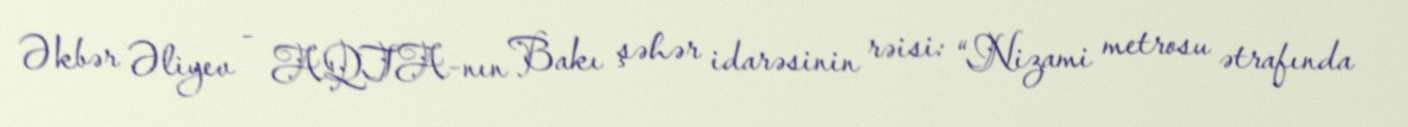
Əkbər Əliyev - AQTA-nın Bakı şəhər idarəsinin rəisi: “Nizami metrosu ətrafında